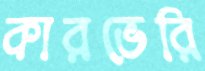
কারভেরি